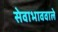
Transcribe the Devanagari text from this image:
सेवाभाववाले